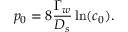
p _ { 0 } = 8 \frac { \Gamma _ { w } } { D _ { s } } \ln ( c _ { 0 } ) .